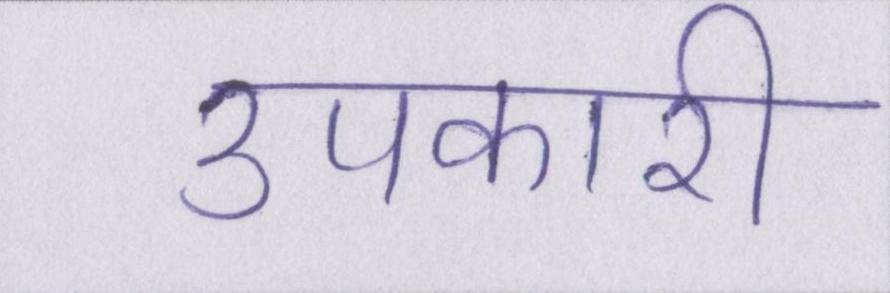
उपकारी